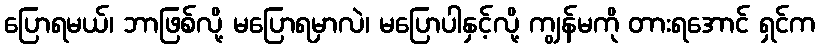
ပြောရမယ်၊ ဘာဖြစ်လို့ မပြောရမှာလဲ၊ မပြောပါနှင့်လို့ ကျွန်မကို တားရအောင် ရှင်က